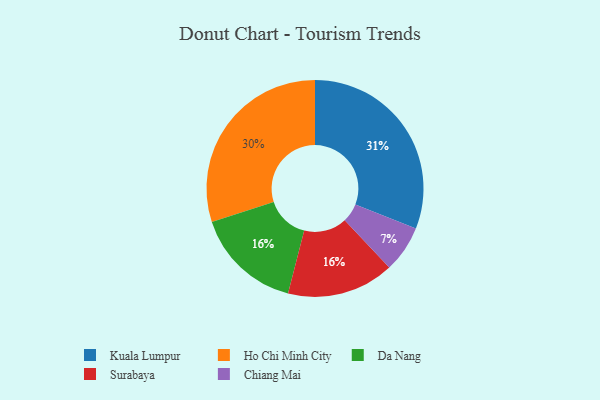
{"axis": {"x": "Category", "y": "Percentage"}, "legend": ["Chiang Mai", "Da Nang", "Ho Chi Minh City", "Kuala Lumpur", "Surabaya"], "data": [{"x": "Da Nang", "y": 16, "type": "Da Nang"}, {"x": "Ho Chi Minh City", "y": 30, "type": "Ho Chi Minh City"}, {"x": "Chiang Mai", "y": 7, "type": "Chiang Mai"}, {"x": "Surabaya", "y": 16, "type": "Surabaya"}, {"x": "Kuala Lumpur", "y": 31, "type": "Kuala Lumpur"}]}